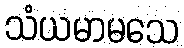
သံယမာမသေ